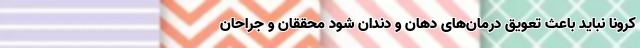
کرونا نباید باعث تعویق درمان‌های دهان و دندان شود محققان و جراحان